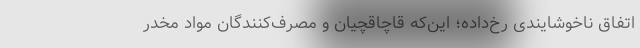
اتفاق ناخوشایندی رخ‌داده؛ این‌که قاچاقچیان و مصرف‌کنندگان مواد مخدر